Medical and sanitary report of the native army of Bengal for the year
Year: 1878
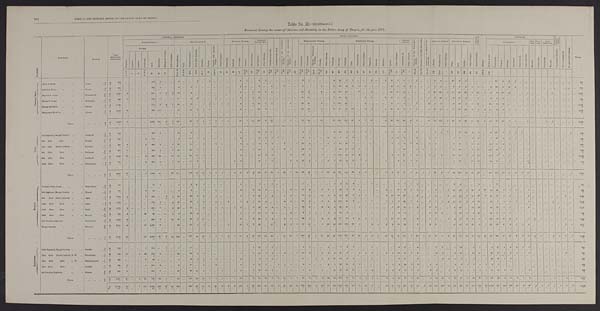
MEDICAL AND SANITARY REPORT OF THE NATIVE ARMY OF BENGAL.
Table No. II.—(continued.)
Statement shewing the causes of Sickness and Mortality in the Native Army of Bengal, for the year 1878.
D I V I S I O N
REGIMENT.
STATION.
Total
Admissions a n d D e a t h s .
G E N E R A L D I S E A S E S .
LOCAL DESASES.
C O N D I -
T I O N S . & C .
Poi s ons .
INJURIES.
S U R G I C A L
OPERA- T I O N S .
Not yet di agnosed.
N o a p p r e c i a b l e d i s e a s e .
TOTAL.
SUB-DIVISION A.
SUB-DIVISION B.
NERVOUS SYSTEM.
DISEASES
OF THE EYE.
D i s e a s e s o f t h e E a r .
D i s e a s e s o f t h e N o s e .
D i s e a s e s o f t h e C i r c u l a t o r y S y s t e m .
D i s e a s e s o f t h e A b s o r b e n t S y s t e m .
G o i t r e .
RESPIRATORY SYSTEM.
DIGESTIVE SYSTEM.
URINARY
SYSTEM.
D i s e a s e s o f t h e G e n e r a t i v e
Syst em.
D i s e a s e s s o f t h e M a l e M a m m i l l a .
D i s e a s e s o f t h e o r g a n s o f L o -
c omot i on.
CELLULAR TISSUE.
CUTANEOUS SYSTEM.
ACCIDENTAL.
BAT-.
TLE.JUDI -
CIAL
SELF-
INFLICTED.
FEVERS.
M a l i g n a n t C h o l e r a .
Ot h e r Di s e a s e s . Rh e u ma t i s ms .
G o u t .
P r i m a r y S y p h i l i s . S e c o n d a r y S y p h i l i s .
S c r o f u l a .
Scurvy. A n æ m i a a n d g e n e r a l
Dr o p s y .
O t h e r D i s e a s e s .
S u n s t r o k e .
Epi l eps y.
N e u r a l g i a .
Insanity.
O t h e r D i s e a s e s .
Op h t h a l mi a .
O t h e r D i s e a s e s .
B r o n c h i t i s .
P n e u m o n i a .
C h r o n i c P n e u m o n i c ,
P h t h i s i s .
P l e u r i s y .
O t h e r D i s e a s e s .
D y s p e p s i a .
Dysentey.
D i a r r h œ a .
C o l i c .
C o n s t i p a t i o n .
H æ m o r r h o i d e s .
H e p a t i t i s .
Ab s c e s s .
J a u n d i c e .
S p l e e n .
O t h e r D i s e a s e s .
G o n o r r h œ a , & c .
O t h e r D i s e a s e s .
A b s c e s s .
Gu i n e a wo r m. Ot h e r Di s e a s e s .
Ul c e r .
Boi l .
S e a b i e s .
O t h e r D i s e a s e s .
G e n e r a l D e b i l i t y .
B l i s t e r o f f e e t .
Contusions.
W o u n d s .
S p r a i n s .
Fractures.
D i s l o c a t i o n s .
Ot her Inj uri es.Wounds.
C o n t u s i o n s .
Cont us i ons .
Wounds.
R e m o v a l o f T u m o u r .
E r u p t i v e .
T y p h u s .
E n t e r i c .
Co n t i n u e d .
A g u e .
R e m i t t e n t .
1 t o 5 7
9
1 1 & 1 2
1 5
1 6
1 8
3 4 t o 3 8
3 9 & 4 0
4 3 A .
43 B.
4 9 — I .
54
5 4 & 5 7
5 8
6 6
9 3
1 0 1
105 to 110
1 1 0 111 to 118 1 8 5
186 t o 205
2 0 6 t o 2 1 8
219 t o 268 269 to 278
2 8 0
305 to 306 315 t o 306 3 2 5 . 6
331 t o 332
343
4 6 0
466
484 486 487 491
5 0 1 502
5 1 3
5 2 4 t o 5 2 9
537
5 8 5 t o 5 9 4
. . .
602- 29
751- 754
755- 754
8 1 9
825. 5
...
859
861
8 9 4
9 0 1
9 0 5
906- 91
1148
C E N T R A L I N D I A .
1st C. I. Horse
...
...
... Augur
...
A
313
. . .
. . . ...
...
184
3 ...
...
9
...
...
2
...
2
. . .
. . .
. . .
. . .
6
1
...
2
2 ...
. . . ...
...
...
3
1
. . . ...
. . .
4
15
2
1
. . .
. . .
2
...
1
6
1
1 ...
1
. . . . . .
5
2 ...
21
6
1
...
...
...
...
21
3
3
2
. . .
. . . ...
. . . ...
. . .
. . .
...
...
3 1 3
D
4
. . .
. . .
. . .
. . .
. . .
1
. . .
. . .
. . .
...
...
1 ...
. . .
. . .
. . .
. . .
. . .
. . .
. . .
. . .
. . .
. . .
. . .
. . .
. . .
. . .
. . .
. . .
1
. . . ...
. . .
. . .
1
...
. . .
. . .
. . .
. . .
...
. . .
. . .
. . .
. . .
. . .
...
. . .
. . .
. . .
. . .
. . .
...
...
. . .
. . .
. . . ...
...
. . .
. . .
. . .
. . . . . .
. . . ...
. . .
...
. . . . . .
...
...
4
2nd C. I. Horse
...
...
... Goona
. . . A
375
. . .
. . . ...
. . .
241
1
. . .
. . .
2
...
3
. . . ...
. . .
. . .
. . .
. . .
. . .
2 ..,
. . .
3
. . .
6 . . .
1
. . .
. . .
9
. . . ...
1 ...
3
13
6
2
1
1
. . .
...
. . . 2
8
4
3 ...
....
1
4
2
. . . 2
9
1
1
1 ...
4
28
4
.2
4
. . .
. . . ...
. . .
...
. . .
. . . ...
...
375
D
4
. . .
. . .
. . . ...
1
. . .
. . .
. . .
. . .
...
...
. . . ...
. . .
. . .
. . . .
. . .
. . .
. . .
. . .
. . .
. . .
. . .
. . .
. . .
. . .
. . .
. . .
. . .
. . .
. . .
...
. . .
. . .
. . . ...
. . .
. . .
. . .
. . .
...
. . .
. . .
1
. . .
1 .
...
. . . . . .
. . .
. . . ...
. . .
...
. . . . . . .
. . . .
....
....
. . . . . . .
. . . .
. . . . . .
. . . ...
. . .
...
...
. . .
...
....
4
Meywar B. Corps
...
...
... Kherwarrah
. . .
A
1,025
3
. . .
. . .
. . .
511
2
5
2
18
...
4
. . . ...
. . .
. . .
. . .
. . .
. . .
2 ...
5
18
1
4
. . .
. . .
. . .
. . . 24
6 ...
4
. . .
4 34
20
. . .
7 ...
2 ...
. . .
12
11
3
. . .
...
. . . 5
45 128
1
11
14
5 8
3
13
1
5
8
1 9
2
. . . . . .
5 ...
. . .
1
4
. . .
...
...
1,025
D
1 2
. . .
. . .
. . .
. . .
. . .
. . .
2
1 ...
...
...
. . . ...
. . .
. . .
. . .
. . .
. . .
. . .
. . .
5
. . .
. . .
. . .
. . .
. . .
. . .
. . .
1
2
. . .
1
. . .
. . .
. . . ...
. . .
. . .
. . .
. . .
...
. . .
. . .
. . .
. . .
. . .
...
. . .
. . .
. . .
. . .
. . .
...
...
. . . ...
...
...
...
. . . . . .
...
. . . . . .
. . . ...
. . .
...
. . .
. . .
...
...
12
Malwa B. Corps
...
...
... Sirdarpore
. . . A
358
1
. . .
. . .
. . .
172
1
. . .
. . . 17 ...
3
3
. . .
. . .
2
. . .
. . .
. . .
3
. . .
1
14 ...
. . .
. . .
. . .
. . .
. . . 10
11 ...
...
...
1
16
12
. . .
. . .
1
3 ...
2
6
3 2
. . . ...
. . .
1
6
26 ...
...
8
13
2
. . .
1
...
4
2
9 . . .
. . .
. . .
2 ...
. . .
...
. . .
. . .
...
...
358
D
5
. . .
. . .
. . .
. . .
1
. . .
. . .
. . .
. . .
......
. . .
...
. . .
1
. . .
. . .
. . .
. . .
. . .
1
. . .
. . .
. . .
. . .
. . .
. . .
. . .
. . .
. . .
. . .
. . . . . .
. . .
. . .
1
. . .
. . .
. . .
. . .
...
. . .
. . .
1
. . .
. . .
...
. . .
. . .
. . .
. . .
. . . ...
...
. . .
. . .
. . . ...
...
. . .
. . .
. . .
. . .
. . .
. . . ...
. . .
...
. . .
. . .
...
...
5
Bhopal Battalion
...
...
... Sehore
. . . A
1 , 1 8 0
. . .
. . .
. . .
. . .
772
3
4
1
29 ... 2
...
1
3
. . .
1
1
. . .
4
. . .
5
2 4
3
2 . . .
. . .
5
...
1 4
1 6 ...
2
. . .
1
1 4 1
42 ..,
...
3
. . .
...
. . .
3
2
1
. . .
3
...
2
2
5 ...
9
10
2
7
17 ...
21 8
8
. . . ...
. . .
1 ...
. . . ...
. . .
. . .
...
...
1,180
D
1 2
. . .
. . .
. . .
. . .
1
. . .
2
1 ...
......
. . .
..
1
. . .
. . .
. . .
. . .
. . .
. . .
1
. . .
. . .
. . .
. . .
. . .
. . .
. . .
. . .
3
. . .
. . . . . .
. . .
1
1
. . .
. . .
. . .
. . .
...
. . .
. . .
. . .
. . .
. . .
. . .
. . .
. . .
. . .
. . .
. . . ...
...
. . .
. . .
1 ...
...
. . . ...
...
. . . ...
. . . ...
. . .
...
. . .
. . .
...
...
12
Mhairwara Battalion ...
...
... Ajmeer
. . .
A
1,042
. . .
. . .
. . .
. . .
369 170
. . .
. . .
50
. . . 10
2
1
2
1
. . .
. . .
. . .
8
. . .
. . .
67
2
. . .
. . .
. . .
. . . ...
1 9
2 4 ...
3
...
9
2 3
53
3 9
...
2
3 ...
1
10
9
8
1 1
...
1
12
12
1
17
26
26
6
7
4
25
9
3
1
1 ...
1 ...
. . . . . .
. . .
. . .
...
...
1,042
D
1 4
...
...
. . .
. . .
. . .
7
. . .
. . .
. . .
...
...
. . .
1
. . .
1
. . .
. . .
. . .
. . .
. . .
. . .
. . .
. . .
. . .
. . .
. . .
. . .
. . .
. . .
3
. . .
1
. . .
. . .
. . . ...
. . .
. . .
. . .
. . .
...
. . .
. . .
. . .
. . .
. . .
...
. . .
. . .
. .
...
. . . ...
...
. . .
. . .
1
. . . ...
. . .
. . .
. . .
. . . . . .
. . . ...
. . .
...
. . .
. . .
...
...
14
TOTA L
...
...
...
. . . . . . A
4,293
7 ...
. . .
. . .
2,249 180
9
3 125
. . . 22
7
2
7
3
1
1
...
25
1
11 128
8
12
. . .
1
5
. . . 79
58 ...
10
. . .
22 242 135
42
8
7
10 ...
4
39
34
19
4
5
. . . 10
74 175
2
68
78
90
17
39
5
59
76
46
8
7
... 9
...
. . .
1
4
. . .
...
...
4,293
D
5 1
. . . ...
. . .
. . .
3
8
4
2
. . .
...
...
1
1
1
2
. . .
. . .
. . .
. . .
. . .
7
. . .
. . .
1
. . .
. . .
. . .
. . .
1
9
. . .
2
2 2
. . .
. . .
. . .
......
. . .
. . .
2
. . .
1
. . .
. . .
...
. . .
. . .
. . . ...
...
. . .
. . .
2
...
...
...
...
...
...
. . . . . . ...
. . .
...
. . .
. . .
...
...
6 1
O U D H .
3rd Regiment, Bengal Cavalry ...
... Lucknow
. . .
A
5 1 3
. . .
. . .
. . .
. . .
198
2
. . .
. . .
14 ...
3
. . .
...
. . .
. . .
. . .
. . .
. . .
4
. . .
1
35
4
11
. . .
. . .
1
. . .
9
1
. . .
... ...
6
23
4
2
. . . 2
. . . ...
1
1
2 4
. . . 2
. . .
. . .
9
1
1
...
22
10
9
1
...
6 107
5
5
3
3
. . . ...
...
...
. . .
. . .
...
1
513
D
1
. . .
. . .
. . .
. . .
. . .
. . .
. . .
. . .
. . .
...
...
. . . ...
. . .
. . .
. . .
. . .
. . .
. . .
. . .
. . .
. . .
. . .
. . .
. . .
. . .
. . .
. . .
1
. . .
. . .
...
. . . ...
. . .
...
. . .
. . .
. . .
. . .
...
. . .
. . .
. . .
. . .
. . .
...
. . .
...
. . .
. . .
. . . ...
...
. . .
. . .
. . . ...
...
. . .
. . .
. . .
. . . . . .
. . . ...
. . . ...
. . .
. . .
...
...
1
6th ditto
ditto
...
... Sitapur
. . . A
306
. . .
. . . ...
1
1 1 0
. . .
. . .
. . .
9 ...
11
1
2 . . . ...
. . .
. . .
1
4 ...
. . . 19
4
2
1
. . .
. . .
. . .
6
1
. . .
...
9
2
7
3
2
. . .
2
. . .
...
. . .
1 10
3
. . . 2
. . .
2
6
. . . ...
2
17 ...
4
6 ...
7
3 0
5
7
7 ...
. . . ...
. . .
...
. . .
. . .
. . . ...
306
D
9
2
. . .
. . .
. . .
1 ...
. . .
. . .
. . .
. . . ...
. . .
...
. . .
. . .
. . .
. . .
. . .
. . .
. . .
. . .
. . .
. . .
. . .
. . .
. . .
. . .
. . .
. . .
. . .
. . .
...
. . .
. . .
. . .
...
. . .
. . .
. . .
. . .
...
. . .
. . .
. . .
. . .
. . .
...
. . .
. . .
. . .
. . .
. . . ... ...
. . .
. . .
. . .
. . .
...
. . .
. . .
...
...
...
. . . ...
. . .
...
...
. . .
. . . ...
1
2nd ditto
Native Infantry ...
... Fyzabad
. . . A
820
4 ...
. . .
2
404
1
. . .
5 22
...
11 ...
8 1
4
1
. . . ...
5
2
1
8
4
4
. . .
3 ...
1
35
5 . . .
...
1
7
54
30
2
. . .
. . .
. . .
...
. . .
1
1
7
2 6 ...
4
5
. . .
. . . 6 40
2 10
21 ...
64
1 7
4
4 ...
. . .
1 ...
. . .
...
. . .
. . .
. . . ...
8 2 0
D
9
2
. . .
. . .
. . .
. . .
. . .
. . .
. . .
...
...
. . .
1
. . .
. . .
. . .
. . .
. . .
. . .
. . .
1
. . .
. . .
. . .
. . .
1
. . .
. . .
. . .
3
. . .
...
. . .
. . .
. . . ...
. . .
. . .
. . .
. . .
...
. . .
. . .
1
. . .
. . .
...
. . .
. . .
. . .
. . .
. . . ... ...
. . .
. . . . . .
...
...
...
. . .
. . . ...
. . .
. . . ...
. . . ..
. . .
. . .
. . . ...
9
4th ditto
ditto
...
... Lucknow
. . . A
916
5
. . .
. . .
. . .
386
5 ...
1
29
. . .
2 2 7
1
...
1
. . .
. . .
1
4
. . .
1 16 ...
6
. . .
9
1
. . .
22
8 ...
1
. . .
1
45
31
12
1
1
. . .
...
. . .
. . . 2
12
... 2
1
. . .
7
. . .
. . . 19
48 ...
3
10 ...
158
23
7
6 ...
. . .
1 ...
. . . ...
. . .
. . .
. . . ...
916
D
3
1
. . .
. . . . . .
. . .
1
. . .
. . .
. . . ...
...
. . .
1 . . .
. . .
. . .
. . .
. . .
. . .
. . .
. . .
. . .
. . .
. . .
. . .
. . .
. . .
. . .
. . .
. . .
. . .
...
. . .
. . .
. . .
. . .
. . .
. . . .
. . .
. . .
...
. . .
. . .
. . .
. . .
. . .
...
. . .
. . .
. . .
. . .
. . . ...
... ...
. . .
. . . ...
...
. . .
. . .
. . .
. . .
. . .
. . . ...
. . .
...
. . .
. . . ...
...
3
6th ditto
ditto
...
... Lucknow
. . . A
1,016
16
. . .
...
2
363
24
. . .
14
19 ...
62
10
1
1 ...
. . .
. . .
. . .
5
. . .
. . . 19
2
3
. . .
. . .
2
. . .
12
6
. . .
1
...
7 123
62
10
3 ...
. . .
...
...
2 9
20
1 8
. . . 1
. . .
5
. . . 12
39
2
8
12 ...
105
7
2
11 ...
. . .
5 ...
. . .
...
. . .
. . .
...
...
1 , 0 1 6
D
9
. . . . . .
. . .
. . .
1
1
. . .
. . .
. . .
...
...
2
...
. . .
. . .
. . .
. . .
. . .
. . .
. . .
. . .
. . .
. . .
. . .
. . .
. . .
. . .
. . .
. . .
1
. . .
...
. . .
. . .
4 ...
. . .
. . .
. . .
. . .
...
. . .
. . .
. . .
. . .
. . .
...
. . .
. . .
. . . ...
. . . ... ...
. . .
. . .
. . . ...
...
. . .
. . .
. . .
. . .
. . .
. . .
. . .
. . . . . .
. . .
. . .
...
...
9
40th ditto
ditto
...
... Goruckpore
. . . A
7 1 9
. . .
. . .
. . .
2
402
9 ...
2
18
. . . 17
2
1
...
. . . ...
...
2
3
. . .
. . .
19
1
2
. . .
. . .
3
9
12
5
1
1
3
1
15
24
2
. . .
1
. . . ...
1
...
6
11
2
11
. . . . . .
. . . ...
. . . 5
29
. . . 11
16 ...
42
17 ...
8 ...
. . .
3
. . .
. . .
...
. . . ... ...
...
719
D
4
. . .
...
. . .
. . .
. . .
2
. . .
. . .
. . .
...
...
. . .
...
. . .
. . .
. . .
. . .
. . .
. . .
. . .
. . .
. . .
. . .
. . .
. . .
. . .
. . .
. . .
. . .
1
. . .
...
. . .
. . .
. . . 1
. . .
. . .
. . .
. . .
...
...
. . .
. . .
. . .
. . .
...
. . .
...
...
...
. . .
... ...
. . .
. . .
...
...
...
...
...
...
...
...
. . .
. . .
...
...
. . .
. . .
...
...
4
TOTAL
...
...
. . .
. . .
. . .
A
4,290
25 ...
. . .
7
1,863
41 ...
22 111
...
126
20
13
2
5
1 ...
4
26
2
3 116 15
28
1
12
7
10
96
26
1
3
13
24 267 154
30
4
6
. . .
...
...
5
30
57
5
31
1
7
27
6
1
44 195
14
45
66 ...
382 201
23
41
10
3
10 ...
. . . . . .
. . .
. . . ...
1
4 , 2 9 0
D
27
3
. . .
. . .
. . .
2 4
. . .
. . .
. . .
...
...
2 2
. . .
. . .
. . .
...
. . .
. . .
1
. . .
. . .
. . .
. . .
. . .
1
. . .
. . .
. . .
6
. . .
. . .
. . . . . .
4 1
. . .
. . .
. . .
. . . . . .
...
. . .
1
. . .
. . .
...
. . .
. . .
. . .
...
. . .
...
...
. . .
. . .
. . .
...
...
. . .
. . .
...
. . .
. . .
. . .
. . .
. . .
...
. . .
...
...
...
2 7
M E E R U T .
Viceroy's Body Guard ...
...
. . . Debra Doon
. . . A
151
...
. . .
...
...
72
1
. . .
. . .
2
...
2
8
1
. . .
. . .
. . .
. . .
. . .
5
. . .
. . .
1 ...
1
. . .
. . .
. . . ...
1
. . .
. . .
...
...
3
2
15
4
. . .
. . .
2
. . .
. . .
. . .
2
7
1
1
. . .
. . . ...
...
. . . 2
5 . . .
. . .
1 ...
...
1 1
1
. . .
. . .
. . . . . .
. . .
...
...
...
...
...
...
151
D
. . .
. . . ...
. . .
. . .
. . .
. . .
. . .
. . .
. . .
......
. . .
. . .
. . .
. . .
. . .
. . .
. . .
. . .
. . .
. . .
. . .
. . .
. . .
. . .
. . .
. . .
. .
. . .
. . .
. . .
...
. . . . . .
. . . ...
. . .
. . .
. . .
. . .
. . .
. . .
. . .
. . .
. . .
. . .
...
. . .
. . .
. . .
. . .
. . .
...
...
. . .
. . . . . .
...
...
. . .
...
. . .
. . .
. . .
. . .
. . .
... ...
. . .
. . . ...
...
...
9th Regiment, Bengal Cavalry ...
... Meerut
..
A
395
. . .
. . .
. . .
6
90 ...
. . .
. . .
6
...8
. . .
1
. . .
4
. . .
. . . ...
2 ...
2
13
2 ...
. . .
. . .
3
. . .
1 2
2
. . .
1
3
. . .
55
3
4
1 ,,,
,,,
. . .
2
. . .
10
6
1
3 ...
...
9
. . .
2
14
13
1
15
3
31
14
44
6
3
2 ...
1 ,..
...
...
...
. . . ...
...
395
D
5
. . .
. . .
. . .
. . .
. . .
. . .
. . .
. . .
. . .
......
. . .
...
. . .
. . .
. . .
. . .
. . .
. . .
. . .
. . .
. . .
. . .
. . .
. . .
. . .
. . .
. . .
. . .
. . .
. . .
...
. . . . . .
1
...
. . .
. . .
. . .
. . .
. . .
. . .
. . .
1
1 ...
. . .
. . .
. . .
. . .
. . . ...
...
. . .
. . .
. . .
. . . ...
...
...
. . .
. . .
. . .
. . .
. . .
. . . ...
. . .
. . . ...
...
5
8th
ditto Native Infantry ...
... Agra
. . . A
1,248
2
. . .
. . .
1
724 ...
8
1 39
. . . 32
8
6 1
3
. . .
. . .
. . .
7
. . .
3
32
1
4
. . .
1
6
. . .
18
6
. . .
6 3
6 52
42
2
5
2 ...
. . .
6 12
14
33 ...
8 ...
1
4
. . .
1
10
10
1
11
27
2
56
19
5
4
. . .
. . .
1 ...
...
...
. . .
...
2
1,248
D
1 2
1 . . .
. . .
. . .
. . .
. . .
3
. . .
. . .
...
...
. .
2
. . .
. . .
. . .
. . .
. . . . . .
. . .
. . .
. . . . . . .
. . .
. . .
. . .
. . .
. . .
2
. . .
1
. . .
. . .
1 1
. . .
. . .
. . .
. . .
. . .
. . .
. . .
. . .
. . .
. . .
...
. . . . . .
. . . ...
...
...
. . .
. . . .
. . . .
. . .
. . . ...
. . . .
. . . . . .
. . .
. . .
. . .
. . .
. . .
. . . ...
. . .
. . . ... ...
12
13th ditto
ditto
...
... Agra
. . . A
1 , 3 0 3
. . .
. . .
. . .
. . .
778
9
. . .
8
29 ...
39
7
6
1
3
. . .
2
. . .
1
3
1
25
4
. . . ...
4
3
. . .
30
9
. . .
6
3
2 118
36
4
. . .
1
1
. . .
1
1
3
26
1
3
. . .
2
7
2
4
13
34
2
8
21 ...
20
9
3
4
2 ...
1
. . .
. . . ...
2
. . . ...
...
1,303
D
15
. . . . . .
. . .
. . .
4
2
. . . . . .
...
. . .
1
. . .
. . .
. . .
. . .
. . .
. . .
1
1
. . .
. . .
. . .
. . .
. . .
. . .
. . .
. . .
4
. . .
... . . . .
. . .
1 ...
. . .
. . .
. . .
. . . .
. . .
. . .
. . .
. . .
. . .
. . .
...
. . .
. . . . . .
. . . .
. . . ...
...
. . .
...
. . .
...
. . . .
. . .
. . . .
. . .
. . .
. . . .
. . .
. . .
. . . ...
1 . . .
. . . ...
...
1 5
33rd ditto
ditto
...
... Delhi
. . .
A
1,372
2
. . .
. . .
. . .
875
7
. . .
9
45 ...
11
. . .
3
1
1
1 ...
1
2
. . .
1
13
5
6
. . .
1
. . .
. . .
24
6 ...
3 4
4
85
28 ...
1
1 ...
. . .
. . . 7
10
12 ...
3 ...
3
2
. . .
. . . 5
33
. . .
17
28 ...
87
12
2
7
. . .
. . .
3
. . .
. . . ...
. . .
1 ... ...
1 , 3 7 2
D
17
. . .
. . .
. . . .
. . .
1 8
. . .
. . . .
. . . .
. . .
...
....
. . . .
1 ...
...
. . .
. . .
. . .
. . .
. . .
. . .
. . .
. . .
. . .
. . . .
. . .
. . .
. . .
2
. . .
...
. . . .
. . .
1 ...
. . . .
. . .
. . . .
. . .
. . .
. . .
. . .
. . .
. . .
. . .
...
. . . . . .
. . . .
. . .
....
... ...
. . . . . .
1 ....
...
...
. . . . . . .
. . . .
. . . .
. . . .
. . .
. . .
. . .
. . .
. . .
. . . ...
...
1
39th ditto
ditto
...
... Meerut
. . .
A
352
2
. . .
. . .
26
9 9
. . .
. . .
2
5 ...
18
6 ...
. . .
...
. . .
. . .
. . .
1
. . .
1
11
1
3 ...
. . .
2 ...
9
1
1
...
2
1
13 2
. . .
. . .
1
1
. . .
. . . 1
6
3
. . .
1
...
2
14
3
. . . 7
13
2
4
2 0
...
48
11
7
2 ...
. . .
. . .
. . .
. . . ...
. . .
. . . ... ...
352
D
4
. . .
. . .
. . .
. . .
1
. . .
. . .
. . .
. . .
...
...
. . . ...
. . .
. . .
. . .
. . .
. . .
. . .
. . .
. . .
. . .
. . .
. . .
. . .
. . .
. . .
. . .
. . .
. . .
1 ...
...
. . .
. . . ...
. . .
. . .
. . . ...
. . .
. . .
1
. . .
. . .
. . .
...
. . . ...
...
. . .
. . .
... ...
. . .
...
1 ...
...
. . .
...
. . .
. . .
...
. . .
. . . ...
. . .
. . . ...
...
...
4
2nd Goorkan Regiment
...
... Debra Doon
...
A
1,254
6 ...
. . . ...
640
9
. . .
14
35 ...
22
2
11 ...
...
. . .
. . .
. . .
6 ...
4
42
1
4
. . .
3
5
. . .
14
7
. . .
2
1
2
77
23
3
15
3
1
. . .
1
10
17
16
...
4
. . .
3
3
...
2
4 17
6
13
3 1
128
15
26
17
1
. . .
11
2
1
...
. . .
. . .
1 ...
1 , 3 5 4
D
1 6
1 . . .
. . .
. . .
1
1
. . .
. . .
. . .
...
...
. . .
...
. . .
. . .
. . .
. . .
. . .
. . .
. . .
. . .
. . .
. . .
. . .
. . .
. . .
. . .
. . .
. . .
. . .
. . .
... . . .
. . .
2 ...
. . .
. . .
. . . . . .
. . .
. . .
1
. . .
. . . ... ...
. . .
. . .
. . .
. . .
. . .
... ...
. . .
. . .
. . .
...
...
...
. . .
. . .
. . .
. . .
. . .
1
. . .
...
. . .
. . .
...
...
1 6
Bengal Sappers
...
...
... Roorkee
. . .
A
2,211
8
. . .
...
77 1,050
3
. . .
. . . 83 ...
21
7
1
. . .
. . .
. . .
1
. . .
13
1
2
29 ...
11 ...
2
3
1
52
10 ...
1
29
29 168 132
21
3
1
4
1
2
2
19
24 ... 5
. . .
2 14
. . .
. . . 12
52
12
22
8
1 103 123
27
8
1
2
5
. . .
. . .
...
...
...
2
1
2,211
D
1 0
. . .
. . .
. . .
. . .
3
. . . . . .
. . .
. . .
...
...
. . .
...
. . .
. . .
. . .
. . .
. . .
. . .
. . .
. . .
. . .
. . .
. . .
. . .
. . .
. . .
1
2
. . .
...
. . .
. . .
. . .
1
. . .
. . .
. . .
. . .
1
. . .
1
. . .
. . .
. . .
...
. . .
...
. . .
. . .
. . . ...
...
. . .
. . .
. . .
. . .
...
...
. . .
. . .
. . .
. . .
. . .
. . .
. . .
...
. . .
. . .
. . .
...
1 0
TOTAL
......
. . .
. . .
. . . A
8,286
20
. . .
. . .
110 4,328
29
8
34 244 ...
153
38
29
3
8
1
3
1
37
4
14 166
14
29 ...
11
22
1 160
41
1
19
45
47 670 281
38
25
9
9
1
12
33
81 127
3
28
1
13
53
5
9
67 177
24
90 111
3 5 456 244
77
4 5
6
2
2 2
2
1 ...
2
1
5
1
8,286
D
79
2
. . .
. . .
. . .
19
3
3
. . .
. . ....
...
. . .
11 ...
. . .
. . .
1
. . .
. . .
1
1
. . .
. . .
. . .
3
. . .
. . .
3
1 0
1
1
. . .
. . .
6 2
. . .
. . .
. . .
. . .
1
...
3
1
. . .
. . . . . . ... ...
. . .
. . .
. . . ...
...
. . .
. . .
2
2
...
. . .
. . .
. . .
. . .
. . .
. . .
1
. . .
...
1
. . .
...
. . .
7 9
ROHILCUND.
18th Regiment, Bengal Cavalry ...
... Bareilly
. . .
A
292
. . .
. . .
. . .
1
119 ...
1 ...
1 ...
1 7 ...
...
. . .
1
. . .
. . .
. . .
. . .
. . .
1
19
1
1 ...
. . .
. . .
...
2
2
. . .
...
5
. . .
7
3
1
. . .
. . .
1 ...
. . .
. . .
3
17
. . .
4
. . .
. . .
2
8
...
1
13
. . .
2
7
1
4
35
3
3
4
1
1
. . .
. . .
...
. . .
. . . ...
. . .
2 9 2
D
2
. . .
...
.
..
...
. . . ...
1
. . .
. . .
...
...
. . . ...
. . . ...
...
...
...
. . .
. . . ...
...
...
...
. . . ...
...
. . .
. . .
. . .
. . .
...
...
. . .
. . . ...
...
. . . ...
... ...
. . .
. . .
. . .
. . .
. . .
. . .
. . .
. . .
. . .
. . .
. . . ...
...
. . .
. . .
. . .
. . . ...
1
. . .
. . .
. . .
. . .
. . .
. . .
. . .
...
. . . ...
...
. . .
2
28th ditto Native Infantry, R. W.
... Moradabad
. . . A
598
15
. . .
1
94
112
2 ...
. . . 22 ...
28
4
3
. . .
. . .
. . .
. . .
. . .
1
. . .
1
11
7
4
. . .
9
. . .
1
18
2
. . .
1
8
6
47
6 . . .
2
3
2 ...
3
1
10
18
1
2
. . .
...
4
2
. . . 9
15
. . .
10
18
. . . 66
18
1
6
1
. . .
1 ...
. . . . . .
. . .
. . .
2
. . .
5 9 8
D
2
. . .
. . .
. . .
. . .
2 . . .
. . .
. . .
. . .
...
...
. . .
. . .
. . .
. . .
. . .
. . .
. . . . . .
. . .
. . .
. . .
. . . ...
...
...
. . .
. . .
... ...
. . .
. . . . . .
. . . ...
...
...
...
. . .
. . .
. . .
. . .
...
. . .
. . .
. . .
. . .
. . . ...
...
. . . ...
...
...
. . .
... ...
. . . ...
...
...
...
. . .
. . .
. . .
. . .
. . .
. . .
2
28th ditto
ditto
L. W.
... Shahjehanpore
. . . A
229
...
. . . ...
3
46 ...
. . .
. . .
5
...
12
2
1
1
3
. . .
. . .
. . .
3
. . .
. . .
9
1
2
. . .
. . .
. . .
. . .
17
. . .
1
1
1
17
10
5 2
. . .
. . .
1 ...
. . .
. . .
3
17
. . .
3
. . .
. . .
. . .
2
1 1
7
. . .
3
. . .
1
28
16
1
3
. . .
. . .
. . .
. . .
. . .
. . .
. . .
. . .
. . .
. . .
2 2 9
D
1
. . .
. . .
. . . . . .
. . .
. . .
. . .
. . .
. . .
...
...
. . .
1
. . .
. . . ...
...
. . .
. . .
. . .
. . .
. . .
. . .
. . .
. . .
. . .
. . .
. . . .
. . .
. . .
. . .
... ...
. . .
. . .
...
. . .
. . . ...
. . .
...
. . .
. . .
. . .
. . .
. . .
...
. . .
. . .
. . .
. . .
. . . ...
...
. . . ...
. . .
. . . ...
. . .
...
...
. . .
. . .
. . .
...
. . .
. . .
. . .
. . .
. . .
. . .
1
37th ditto
d i t t o ...
... Bareilly
. . . A
434
3
. . .
. . .
1
2 0 5
4
. . .
. . .
9 ...
57 ...
2
. . .
2
. . .
. . .
. . .
3
. . .
1
13
1
. . .
1
2
1 ...
4
1
...
...
5
1
19
11
3
2
. . .
. . .
...
1
1
5
34
1 2
. . .
1
5
. . .
. . .
5 2
1
5
8
1
8
3
. . .
. . . ...
. . .
. . .
. . .
. . .
. . .
. . .
. . .
. . .
. . .
434
D
4
1
. . .
. . .
. . . ...
. . . ...
...
. . .
...
...
. . .
... . . .
. . .
. . .
. . .
. . .
. . .
. . .
. . .
. . .
...
. . .
1
. . . ...
...
. . .
. . .
...
. . .
. . .
...
. . .
. . .
. . .
. . .
...
...
. . .
. . . . . .
. . .
...
...
. . .
. . .
. . .
. . . ...
...
. . .
...
. . .
1 ...
. . .
. . .
. . .
. . .
. . .
. . .
. . .
. . .
. . . ...
...
. . .
. . .
4
3rd Goorkha Regiment
...
... Almora
. . . A
804
2
. . .
. . .
. . .
3 0 2
7
. . .
. . .
47 ...
40
1 6
4 1 .. .
1
. . .
1
9
. . .
3
20
4
2
...
. . .
1 . . .
9
4
. . .
1
...
11
82
47
16
. . .
3
4 ...
2
2
8
11
1
5
. . .
3
5
. . .
1
17
13
2
4
4
1
61
18
3
3 ...
. . .
2
. . .
. . .
. . .
1 ...
...
...
804
D
1
. . .
. . .
. . .
. . .
. . .
. . . ...
...
...
...
...
. . .
... ...
...
. . .
. . .
. . .
. . .
. . .
1
. . .
. . .
. . .
. . .
. . .
. . .
. . .
. . .
. . .
. . . ...
. . .
. . .
. . .
...
. . .
. . .
. . .
. . ....
. . .
. . .
. . .
. . .
. . .
. . .
. . .
. . .
. . .
. . .
. . .
. . .
...
. . .
. . .
. . .
. . .
...
. . .
. . .
. . .
. . .
. . .
. . .
. . .
. . .
. . .
. . .
. . .
. . . ...
1
TOTAL
...
...
. . . . . .
A
2,357
30
. . .
1
99
784
13
1
. . .
84 ...
154
22
10
2
6
1
. . .
1
16
. . .
6
72
14
9
1
11
2
1
50
9
1
3
19
35 165
72
22
4
6
8 ...
6
4
29
97
3
16 ...
4
10
12
2
33
50
3
24
37
4 167
90
8
15
5
1
4
. . .
. . .
. . .
1 ...
2 ...
2, 357
D
1 0
1
. . .
. . .
. . .
2
. . .
1
. . .
. . .
...
... . . .
1 . . .
. . .
. . .
. . .
. . .
. . .
. . . 1
. . .
. . .
. . .
. . .
1
. . .
. . .
. . .
. . .
. . .
...
. . .
. . .
. . .
1
. . .
. . . . . .
. . . . . .
. . .
. . .
. . .
. . . ... ...
. . .
. . .
. . . . . .
. . .
... ...
. . .
. . .
. . .
1 ...
1
. . .
. . .
. . .
. . .
. . . ...
. . .
. . .
. . .
. . .
. . .
...
1 0
A
19,226
72 ...
1 216 9,224 263
18
59 564
...
455
87
54
14
22
4
4
6 103
7
34 482
51
78
2
35
36
12 385 134
3
35
77 128 1,244 642 132
41
28
27
1
24
81 174 300
15
80
2
34 170 198
14 212 500 131 176 253
4 4 1,064 611 154 109
28
6
45 2
1
1
7
1
7
2
19,226
D
167
6
. . .
... . . .
26
15
8
2 ... ...
...
3 16
1
2 ...
1
. . .
. . .
1
10
...
. . .
1
. . .
5
. . .
. . .
4
25
1
3 ...
. . . 1 2
6
. . .
. . .
. . .
...
1
. . .
3
4
. . .
2
. . .
. . .
. . .
. . .
. . .
. . .
...
...
. . .
...
4 3
...
1
. . .
. . .
. . .
. . .
...
1
. . .
...
1
. . .
...
...
1 6 7
192